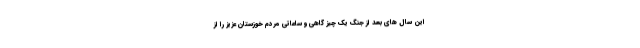
این سال های بعد از جنگ یک چیز گاهی و ساعاتی مردم خوزستان عزیز را از